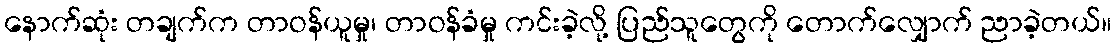
နောက်ဆုံး တချက်က တာဝန်ယူမှု၊ တာဝန်ခံမှု ကင်းခဲ့လို့ ပြည်သူတွေကို တောက်လျှောက် ညာခဲ့တယ်။